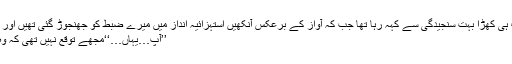
سلامہ شاہ قریب ہی کھڑا بہت سنجیدگی سے کہہ رہا تھا جب کہ آواز کے برعکس آنکھیں استہزائیہ انداز میں میرے ضبط کو جھنجوڑ گئی تھیں اور اس کے الفاظ…
’’آپ…یہاں…‘‘مجھے توقع نہیں تھی کہ وہ یہاں کہیں ہوگا۔